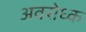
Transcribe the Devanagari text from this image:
अवरोध्क